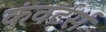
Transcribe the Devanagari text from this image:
कंवर्टर्स